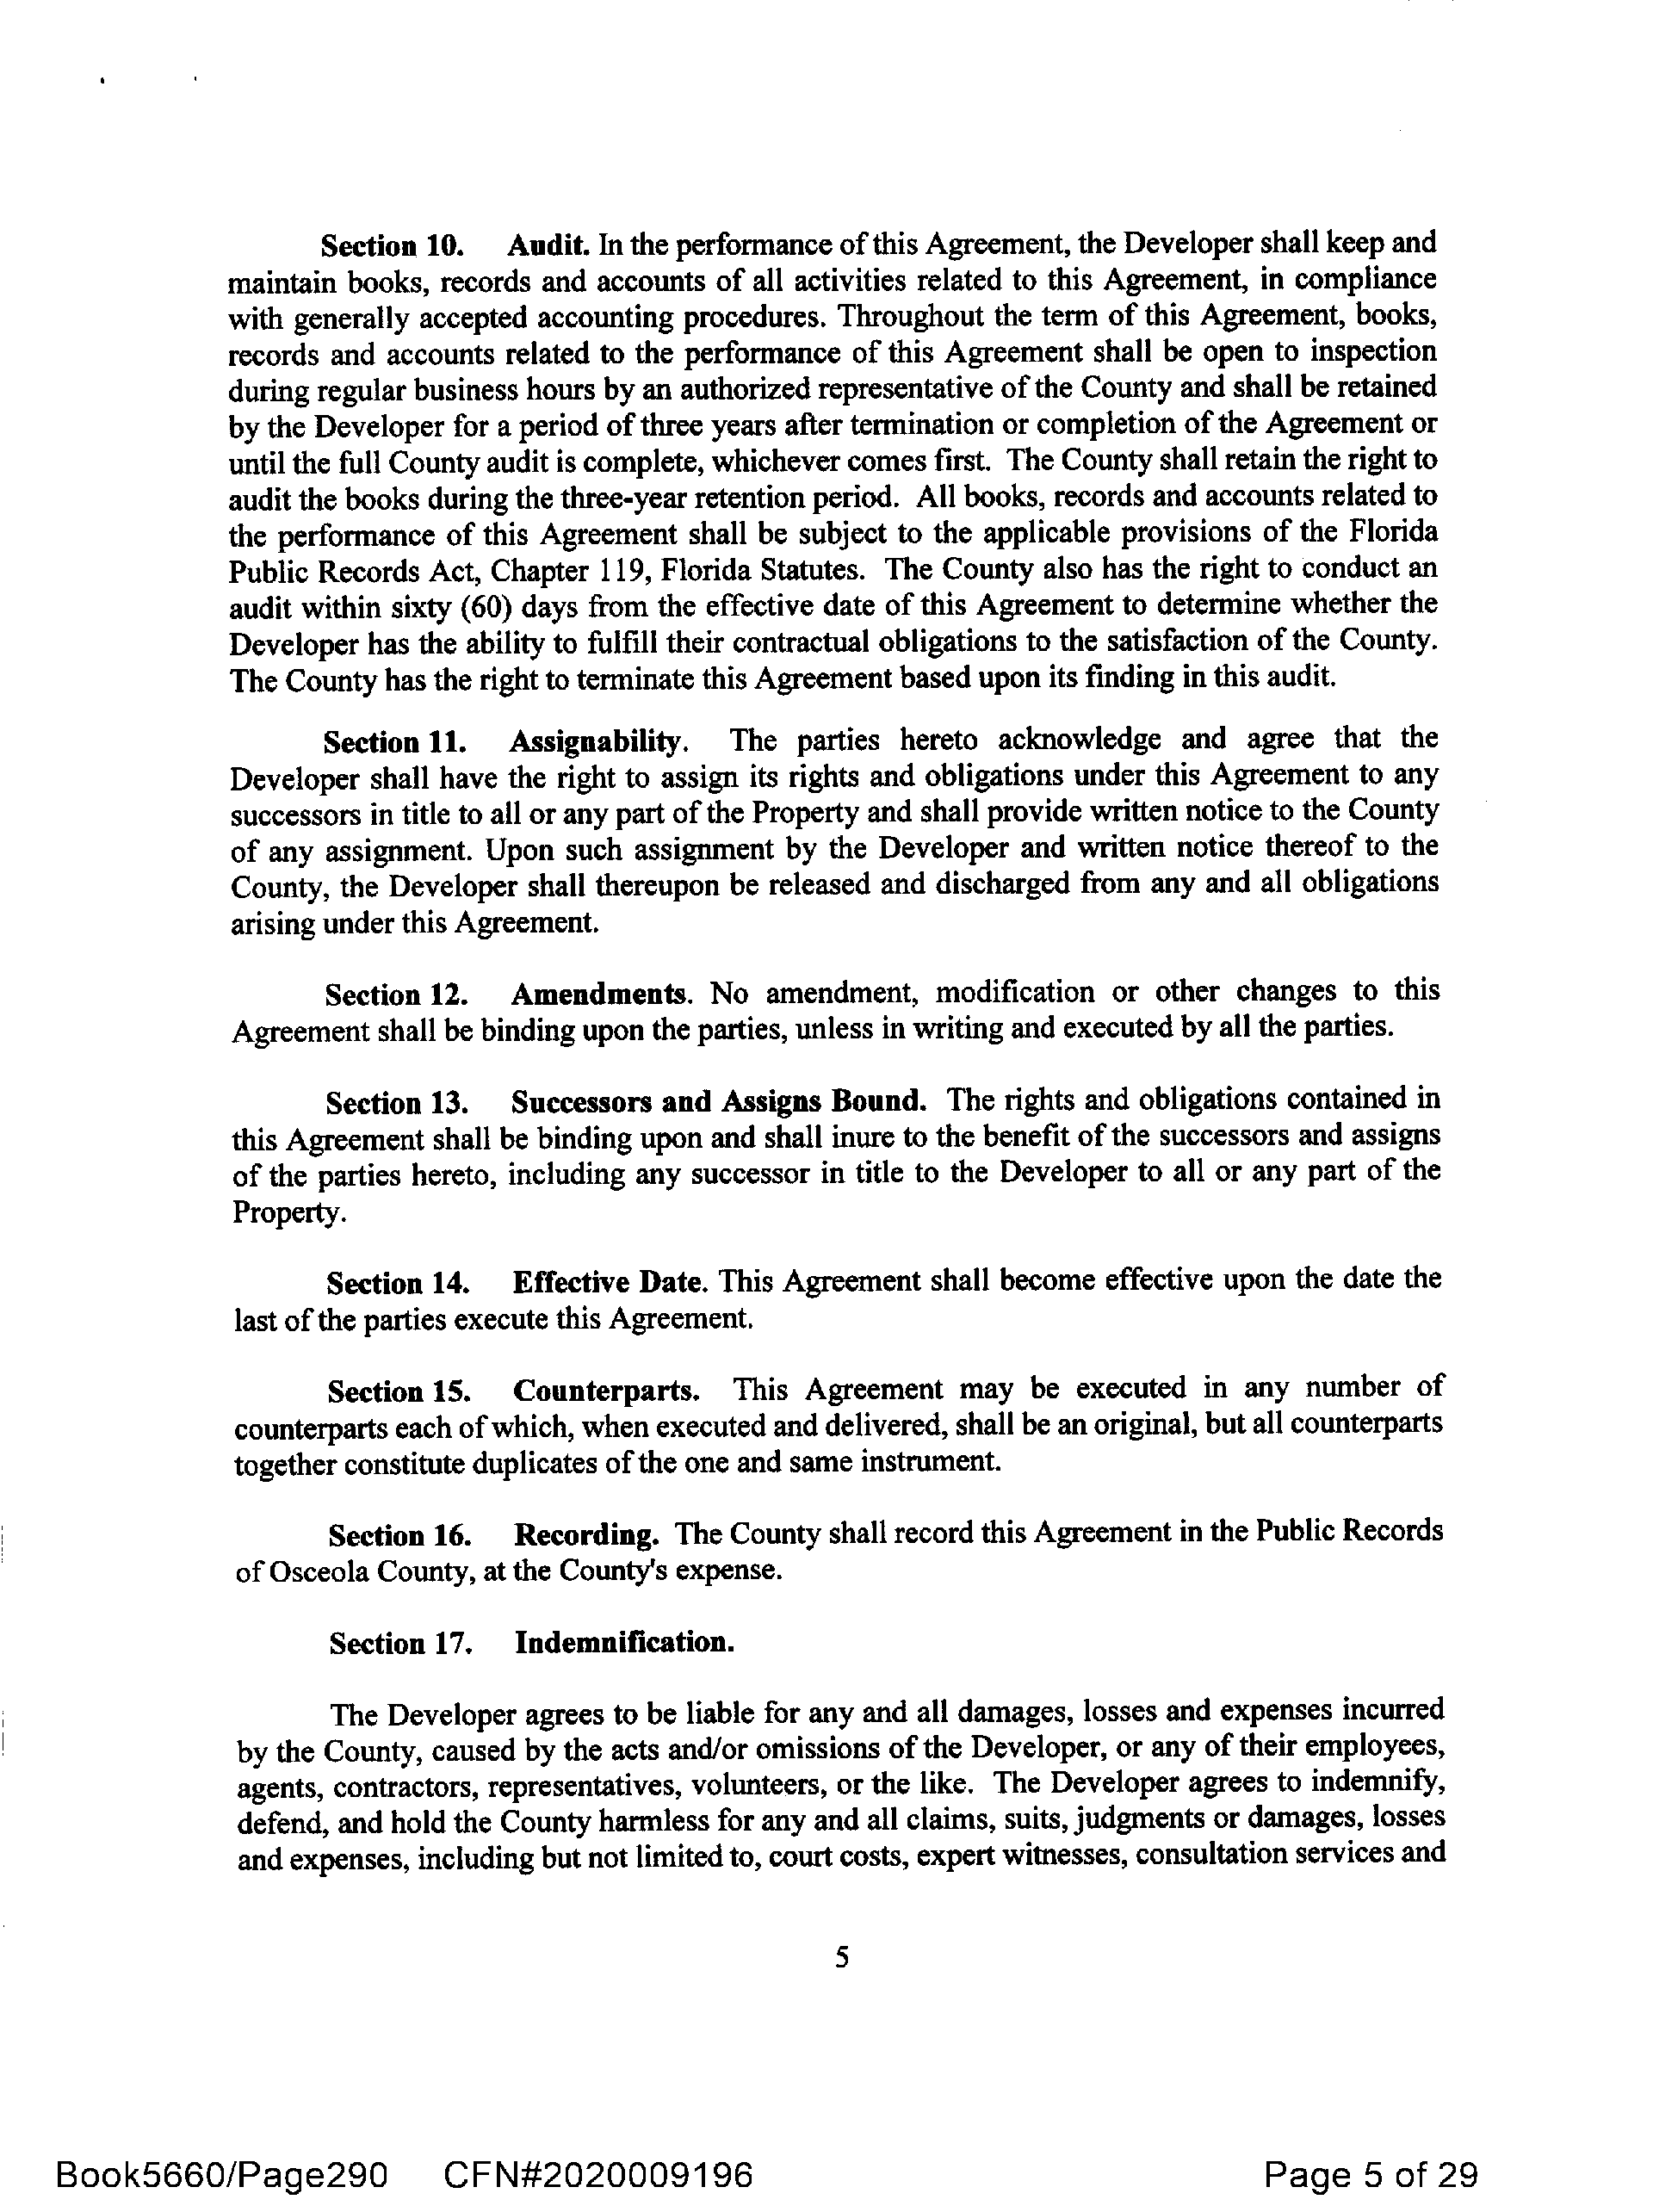
Section 10.   Audit. In the performance of this Agreement, the Developer shall keep and
 maintain books, records and accounts of all activities related to this Agreement, in compliance
 with generally accepted accounting procedures. Throughout the term of this Agreement, books,
 records and accounts related to the performance of this Agreement shall be open to inspection
 during regular business hours by an authorized representative of the County and shall be retained
 by the Developer for a period of three years after termination or completion of the Agreement or
 until the full County audit is complete, whichever comes first. The County shall retain the right to
 audit the books during the three-year retention period. All books, records and accounts related to
 the performance of this Agreement  shall be subject to the applicable provisions of the Florida
 Public Records Act, Chapter 119, Florida Statutes. The County also has the right to conduct an
 audit within sixty (60) days from the effective date of this Agreement to determine whether the
 Developer has the ability to fulfill their contractual obligations to the satisfaction of the County.
 The County  has the right to terminate this Agreement based upon its finding in this audit.
 Section 11.   Assignability.   The  parties hereto  acknowledge   and  agree  that the
 Developer  shall have the right to assign its rights and obligations under this Agreement to any
 successors in title to all or any part of the Property and shall provide written notice to the County
 of any assignment. Upon   such assignment by  the Developer and  written notice thereof to the
 County, the Developer  shall thereupon be released and discharged from any and all obligations
 arising under this Agreement.
 Section 12.   Amendments.     No  amendment,   modification or  other changes  to this
 Agreement  shall be binding upon the parties, unless in writing and executed by all the parties.
 Section 13.   Successors  and Assigns  Bound.   The rights and obligations contained in
 this Agreement shall be binding upon and shall inure to the benefit of the successors and assigns
 of the parties hereto, including any successor in title to the Developer to all or any part of the
 Property.
 Section 14.   Effective Date. This Agreement   shall become effective upon the date the
 last ofthe parties execute this Agreement.
 Section 15.   Counterparts.    This  Agreement   may  be  executed  in any number   of
 counterparts each ofwhich, when executed and delivered, shall be an original, but all counterparts
 together constitute duplicates of the one and same instrument.
 Section 16.    Recording.  The County  shall record this Agreement in the Public Records
 of Osceola County, at the County's expense.
 Section 17.    Indemnification.
 The  Developer agrees to be liable for any and all damages, losses and expenses incurred
 by the County, caused by the acts and/or omissions of the Developer, or any of their employees,
 agents, contractors, representatives, volunteers, or the like. The Developer agrees to indemnify,
 defend, and hold the County harmless for any and all claims, suits, judgments or damages, losses
 and expenses, including but not limited to, court costs, expert witnesses, consultation services and
 5
 Book5660/Page290              CFN#2020009196                                                 Page    5 of  29